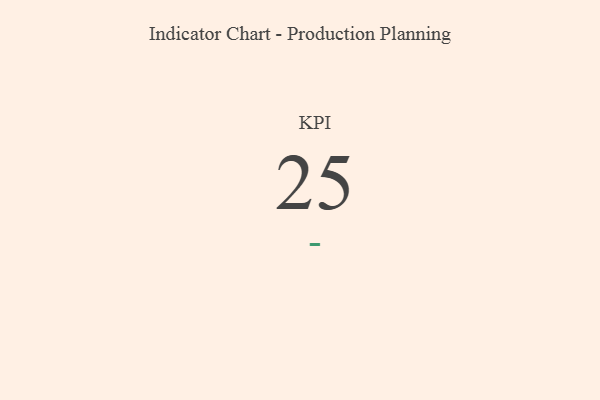
{"axis": {"x": "KPI", "y": "Value"}, "legend": [""], "data": [{"x": "KPI", "y": 25, "type": ""}]}